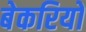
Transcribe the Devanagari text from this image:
बेकरियों